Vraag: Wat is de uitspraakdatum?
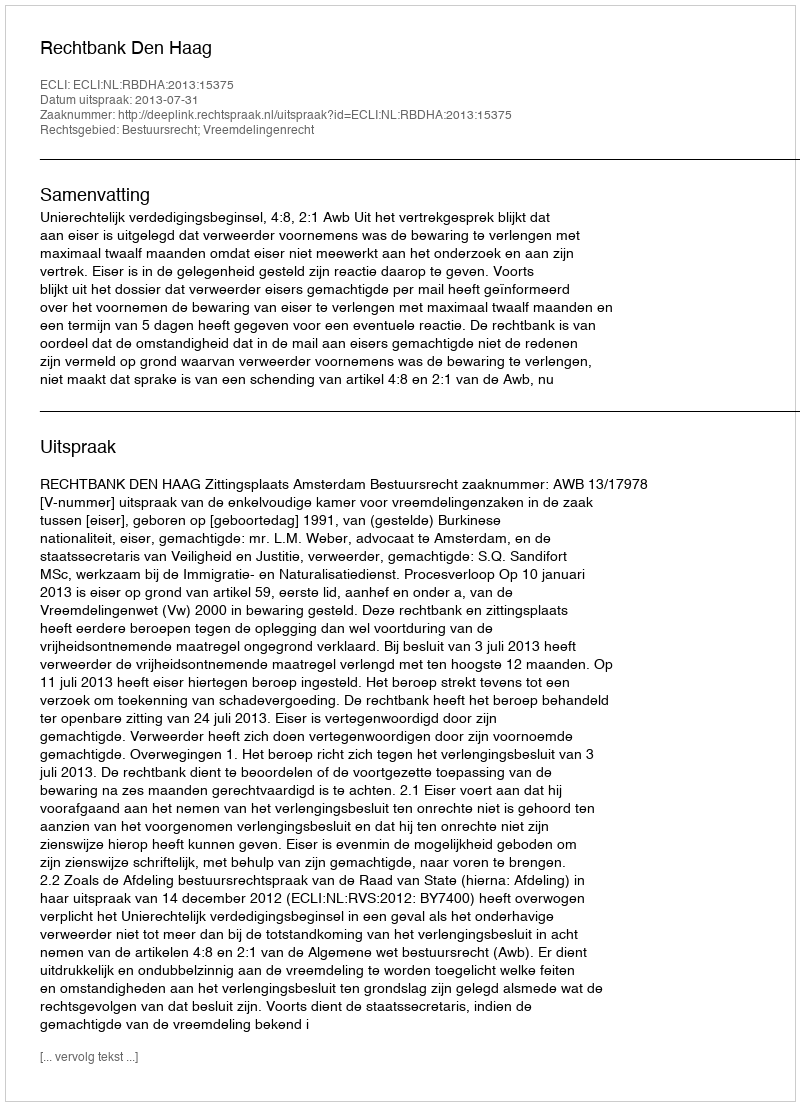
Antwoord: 2013-07-31